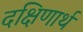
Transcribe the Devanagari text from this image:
दक्षिणार्थ